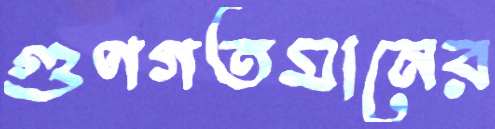
গুণগতমানের